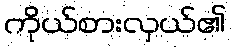
ကိုယ်စားလှယ်၏